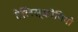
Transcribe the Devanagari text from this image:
टेलिस्कोपियो